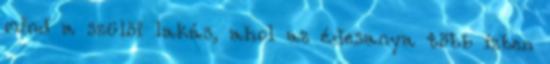
mind a szülõi lakás, ahol az édesanya több ízben